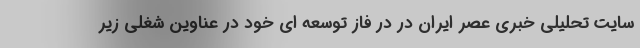
سایت تحلیلی خبری عصر ایران در در فاز توسعه ای خود در عناوین شغلی زیر